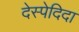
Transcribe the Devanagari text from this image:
देस्पेदिदा